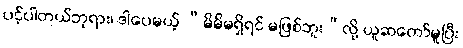
ပင့်ပါတယ်ဘုရား၊ ဒါပေမယ့် “မိမိမရှိရင် မဖြစ်ဘူး”လို့ ယူဆတော်မူပြီး